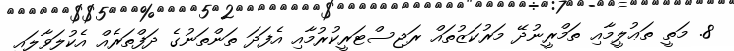
8. މަތީ ތަޢުލީމާއި ތަމްރީނުދޭ މަރުކަޒުތައް ރަޖިސްޓަރީކުރުމާއި އެފަދަ ތަންތަނުގެ ދަފްތަރެއް އެކުލަވާލައި